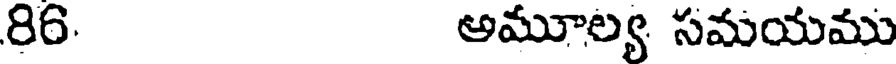
86. అమూల్య సమయము